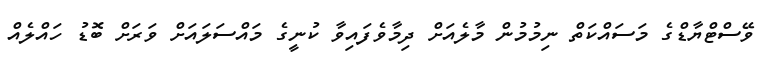
ވޭސްޓްޔާޑްގެ މަސައްކަތް ނިމުމުން މާލެއަށް ދިމާވެފައިވާ ކުނީގެ މައްސަލައަށް ވަރަށް ބޮޑު ހައްލެއް